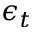
\epsilon _ { t }